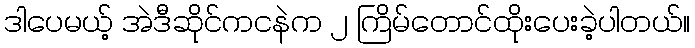
ဒါပေမယ့် အဲဒီဆိုင်ကငနဲက ၂ ကြိမ်တောင်ထိုးပေးခဲ့ပါတယ်။